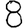
Digit: 8